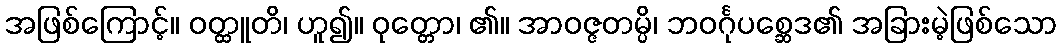
အဖြစ်ကြောင့်။ ဝတ္ထူတိ၊ ဟူ၍။ ဝုတ္တော၊ ၏။ အာဝဇ္ဇတမ္ပိ၊ ဘဝင်္ဂုပစ္ဆေဒ၏ အခြားမဲ့ဖြစ်သော